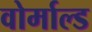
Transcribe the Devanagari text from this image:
वोर्माल्ड